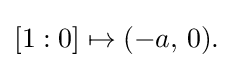
{\textstyle [1:0]\mapsto (-a,\,0).}